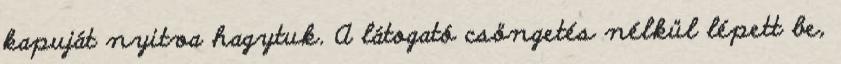
kapuját nyitva hagytuk. A látogató csöngetés nélkül lépett be,